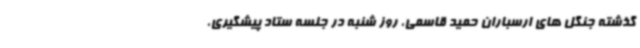
گذشته جنگل های ارسباران حمید قاسمی، روز شنبه در جلسه ستاد پیشگیری،